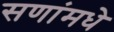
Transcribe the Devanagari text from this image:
सणांमधे